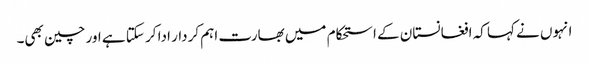
انہوں نے کہا کہ افغانستان کے استحکام میں بھارت اہم کردار ادا کر سکتا ہے اور چین بھی۔